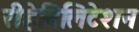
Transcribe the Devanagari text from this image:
रीहेबिलिटेशन